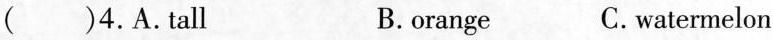
( )4.A.Tall B.orange C.watermelon